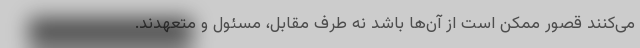
می‌کنند قصور ممکن است از آن‌ها باشد نه طرف مقابل، مسئول و متعهدند.